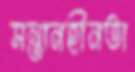
সন্তানহীনতা